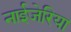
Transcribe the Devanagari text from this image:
नाईजेरिया